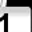
Digit: 1